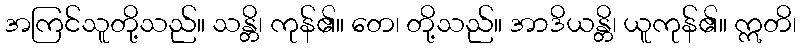
အကြင်သူတို့သည်။ သန္တိ၊ ကုန်၏။ တေ၊ တို့သည်။ အာဒိယန္တိ၊ ယူကုန်၏။ ဣတိ၊